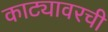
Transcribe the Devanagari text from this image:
काट्यावरची